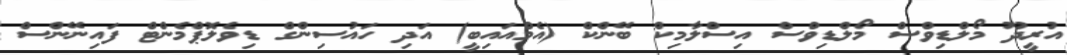
އުރީދޫ މޯލްޑިވްސް މޯލްޑިވްސް އިސްލާމިކް ބޭންކް (އެމްއައިބީ) އަދި ހައުސިންގް ޑިވެލޮޕްމެންޓް ފައިނޭންސް